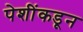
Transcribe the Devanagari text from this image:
पेशींकडून